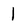
Character: 1